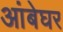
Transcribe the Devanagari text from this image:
आंबेघर